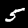
Label: 5